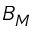
B _ { M }